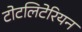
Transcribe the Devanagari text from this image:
टोटलिटेरियन